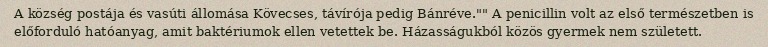
A község postája és vasúti állomása Kövecses, távírója pedig Bánréve."" A penicillin volt az első természetben is előforduló hatóanyag, amit baktériumok ellen vetettek be. Házasságukból közös gyermek nem született.